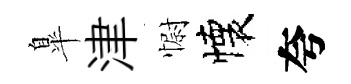
臯津𢠢懐夸